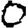
Digit: 0